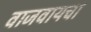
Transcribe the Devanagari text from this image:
वाजवायचा